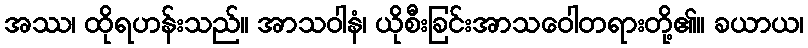
အဿ၊ ထိုရဟန်းသည်။ အာသဝါနံ၊ ယိုစီးခြင်းအာသဝေါတရားတို့၏။ ခယာယ၊